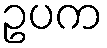
ဥပက